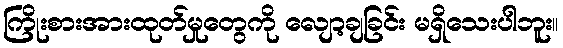
ကြိုးစားအားထုတ်မှုတွေကို လျော့ချခြင်း မရှိသေးပါဘူး။